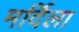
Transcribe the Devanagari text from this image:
मर्दिला